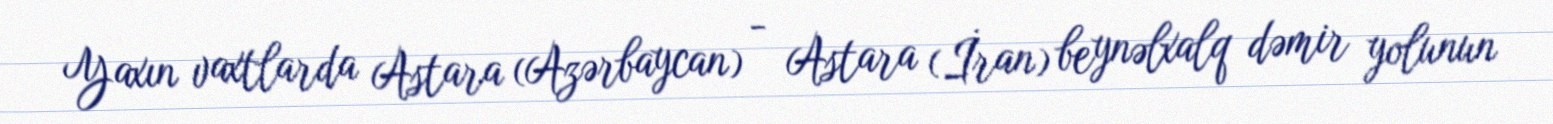
Yaxın vaxtlarda Astara (Azərbaycan) - Astara (İran) beynəlxalq dəmir yolunun